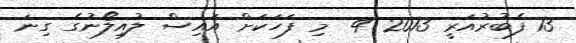
13 ފެބުރުއަރީ 2013 4  މި ފަހަކަށް އައިސް ލުއިލޯނުގެ ގިނަ